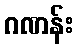
ဂဏန်း